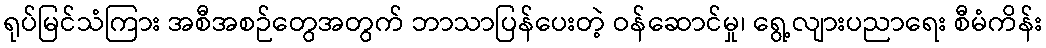
ရုပ်မြင်သံကြား အစီအစဉ်တွေအတွက် ဘာသာပြန်ပေးတဲ့ ဝန်ဆောင်မှု၊ ရွေ့လျားပညာရေး စီမံကိန်း